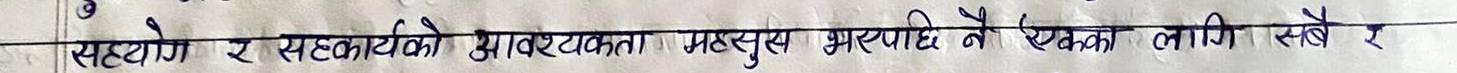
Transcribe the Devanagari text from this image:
सहयोग र सहकार्यको आवश्यकता महसुस भएपछि नै एकका लागि सबै र